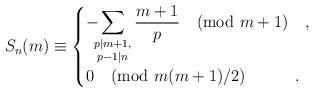
LaTeX: \begin{align*}S_n(m) \equiv \begin{cases} \displaystyle-\!\!\!\sum_{\substack{p \mid m+1,\\ p-1 \mid n}} \dfrac{m+1}{p} \pmod{m+1}\quad,\\ 0\pmod{m(m+1)/2} \qquad\quad. \end{cases}\end{align*}